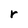
Character: r